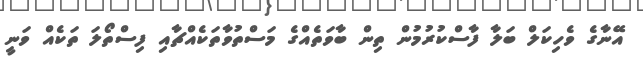
އޭނާގެ ވެހިކަލް ބަލާ ފާސްކުރުމުން ތިން ބާވަތެއްގެ މަސްތުވާތަކެއްޗާއި ފިސްތޯލަ ތަކެއް ވަނީ